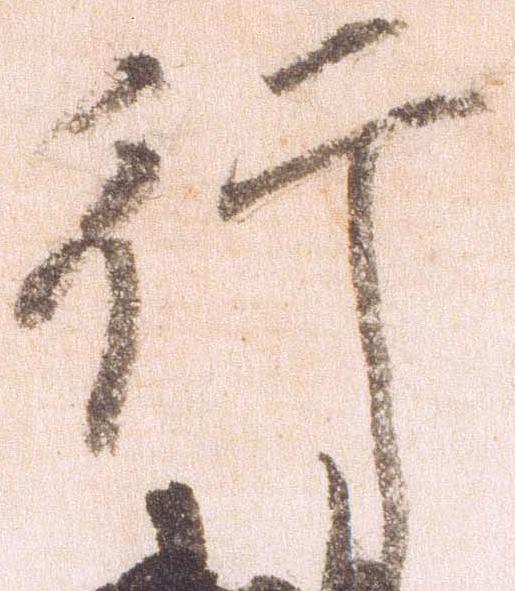
行